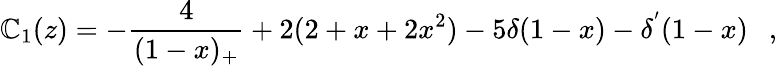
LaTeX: \mathbb{C}_{1}(z)=-\frac{{4}}{{(1-x)_{+}}}+2(2+x+2x^{2})-5\delta(1-x)-\delta^{'}(1-x)~~~,